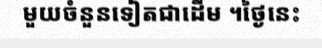
មួយចំនួនទៀតជាដើម ។ថ្ងៃនេះ